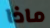
ماذا